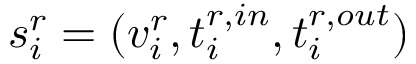
s _ { i } ^ { r } = ( v _ { i } ^ { r } , t _ { i } ^ { r , i n } , t _ { i } ^ { r , o u t } )